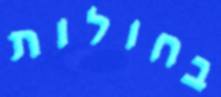
בחולות